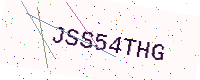
Text: JSS54THG